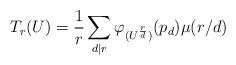
LaTeX: \begin{align*}T_r(U) = \frac{1}{r} \sum_{d | r} \varphi_{(U^{\frac{r}{d}})}(p_d)\mu(r/d)\end{align*}